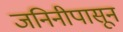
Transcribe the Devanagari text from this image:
जनिनीपासून